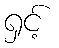
ရှင့်